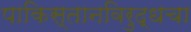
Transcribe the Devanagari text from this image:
पाकिस्तानविरुद्धचा